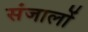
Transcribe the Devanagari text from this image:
संजालों